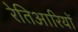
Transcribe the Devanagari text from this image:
रेतिआरियों